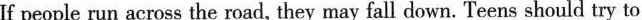
If people run across the road, they may fall down. Teens should try to